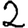
Digit: 2